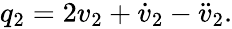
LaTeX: \begin{array}{r}{q_{2}=2v_{2}+\dot{v}_{2}-\ddot{v}_{2}.}\end{array}